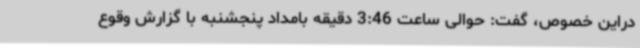
دراین خصوص، گفت: حوالی ساعت 3:46 دقیقه بامداد پنجشنبه با گزارش وقوع